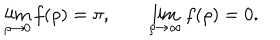
\lim _ { \rho \rightarrow 0 } f ( \rho ) = \pi , \qquad \lim _ { \rho \rightarrow \infty } f ( \rho ) = 0 .